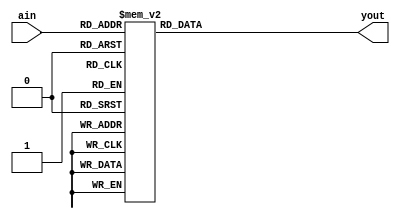
/*
	inputBCDain
	outputyout
	functionBCD
*/

module bcd_coder(yout,ain);
	output[7:0]yout;
	input[3:0]ain;
	reg[7:0]yout;

	always@(ain)
	begin
		case(ain[3:0])
		4'b0000:yout[7:0]=8'b1111_1100;//0
		4'b0001:yout[7:0]=8'b0110_0000;//1
		4'b0010:yout[7:0]=8'b1101_1010;//2
		4'b0011:yout[7:0]=8'b1111_0010;//3
		4'b0100:yout[7:0]=8'b0110_0110;//4
		4'b0101:yout[7:0]=8'b1011_0110;//5
		4'b0110:yout[7:0]=8'b1011_1110;//6
		4'b0111:yout[7:0]=8'b1110_0000;//7
		4'b1000:yout[7:0]=8'b1111_1110;//8
		4'b1001:yout[7:0]=8'b1111_0110;//9
		default:yout[7:0]=8'bx;
		endcase
	end
	
endmodule